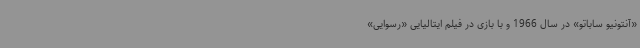
«آنتونیو ساباتو» در سال 1966 و با بازی در فیلم ایتالیایی «رسوایی»